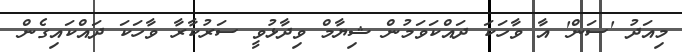
މިއަދު 'ސަން' އާ ވާހަކަ ދައްކަވަމުން ޝިޔާމް ވިދާޅުވީ ސަރުކާރާ ވާހަކަ ދައްކައިގެން